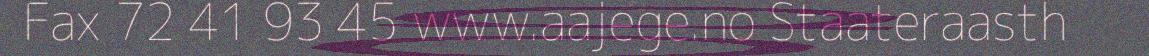
Fax 72 41 93 45 www.aajege.no Staateraasth